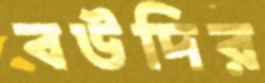
বউদির